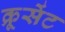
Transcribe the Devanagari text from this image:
क्रूसेंट